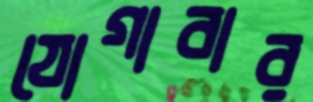
যোগাবার